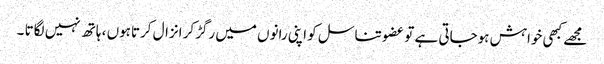
مجھے کبھی خواہش ہوجاتی ہے تو عضو تناسل کو اپنی رانوں میں رگڑکر انزال کرتاہوں ، ہاتھ نہیں لگاتا ۔